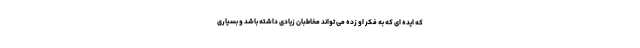
که ایده ای که به فکر او زده می تواند مخاطبان زیادی داشته باشد و بسیاری